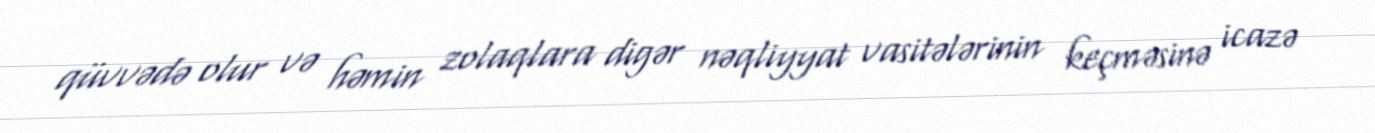
qüvvədə olur və həmin zolaqlara digər nəqliyyat vasitələrinin keçməsinə icazə